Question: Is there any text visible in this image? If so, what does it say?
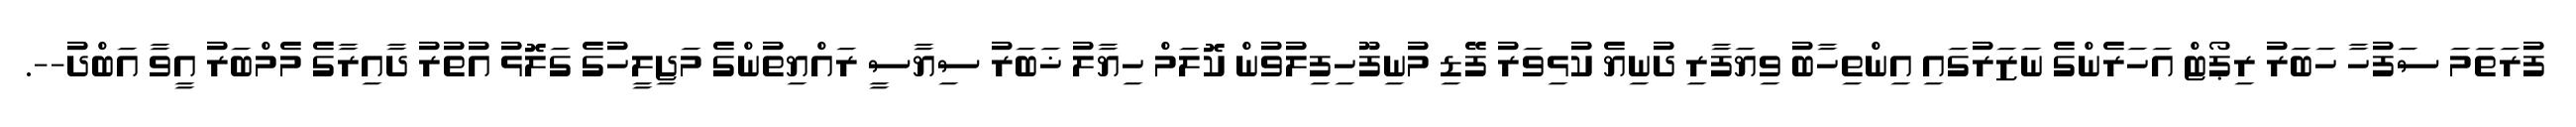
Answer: ފުރަތަމަ ސަފުހާ ހަބަރު ރިޕޯޓް އަހަރެންގެ ނަޒަރުގައި އިންތިހާބު ވިޔަފާރި ދުނިޔެ ކުޅިވަރު ފޭޑި މުނިފޫހިފިލުވުން ކޮލަމް ހިޔާލު ޚަބަރު ސިޔާސީ ރައްޔިތުންގެ މަޖިލީހުގެ ގަލޮޅު އުތުރު ދާއިރާގެ މެމްބަރު އީވާ އަބްދު--.